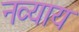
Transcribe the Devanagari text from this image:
नव्याय